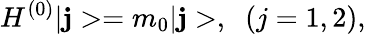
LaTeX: H^{(0)}|{\mathbf j}>=m_{0}|{\mathbf j}>,\; \; (j=1,2),